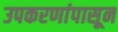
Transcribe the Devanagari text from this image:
उपकरणांपासून